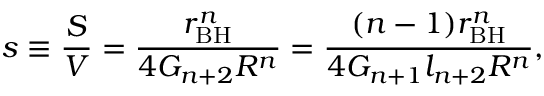
s \equiv \frac { S } { V } = \frac { r _ { \mathrm { B H } } ^ { n } } { 4 G _ { n + 2 } R ^ { n } } = \frac { ( n - 1 ) r _ { \mathrm { B H } } ^ { n } } { 4 G _ { n + 1 } l _ { n + 2 } R ^ { n } } ,